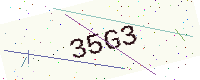
Text: 35G3